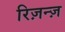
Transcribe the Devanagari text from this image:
रिज़न्ज़